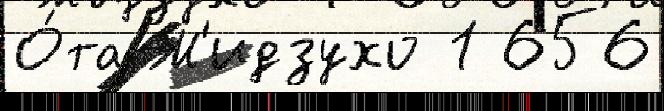
О́та М'идзухо 1 656